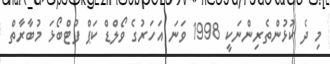
މި ދެ ކުޅުންތެރިންނަކީ 1998 ވަނަ އަހަރުގެ ވޯލްޑް ކަޕް ފުޓްބޯޅަ މުބާރާތް